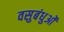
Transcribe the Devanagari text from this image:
वसुबंधुओं